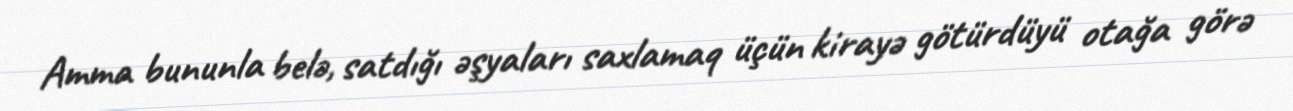
Amma bununla belə, satdığı əşyaları saxlamaq üçün kirayə götürdüyü otağa görə